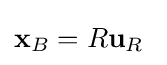
\mathbf {x} _{B}=R\mathbf {u} _{R}\